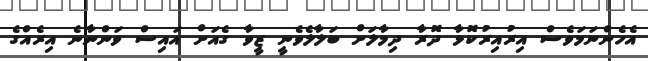
އެހެންނަމަވެސް އިރުއިރުކޮޅާ ދޮރާ ދިމާލަށް ބަލާލެވެނީ ޒީވާ ގެއަށް އައިސް ވަންނާނެ އިރެއްގެ